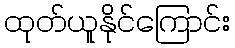
ထုတ်ယူနိုင်ကြောင်း